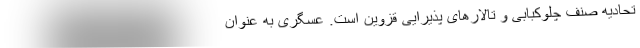
تحادیه صنف چلوکبابی و تالارهای پذیرایی قزوین است. عسگری به عنوان